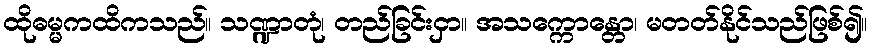
ထိုဓမ္မကထိကသည်။ သဏ္ဍာတုံ၊ တည်ခြင်းငှာ။ အသက္ကောန္တော၊ မတတ်နိုင်သည်ဖြစ်၍။